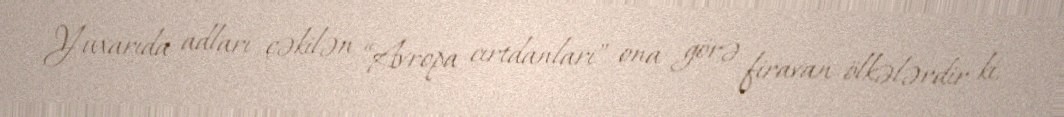
Yuxarıda adları çəkilən “Avropa cırtdanları” ona görə firavan ölkələrdir ki,